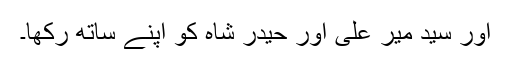
اور سید میر علی اور حیدر شاہ کو اپنے ساتھ رکھا۔